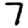
Digit: 7